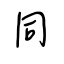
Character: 同